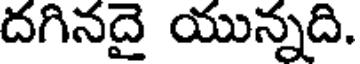
దగినదై యున్నది.